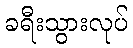
ခရီးသွားလုပ်